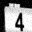
Digit: 4